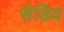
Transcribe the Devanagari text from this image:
सेडिय